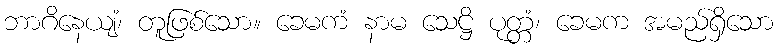
ဘာဂိနေယျံ၊ တူဖြစ်သော။ ခေမကံ နာမ သေဋ္ဌိ ပုတ္တံ၊ ခေမက အမည်ရှိသော